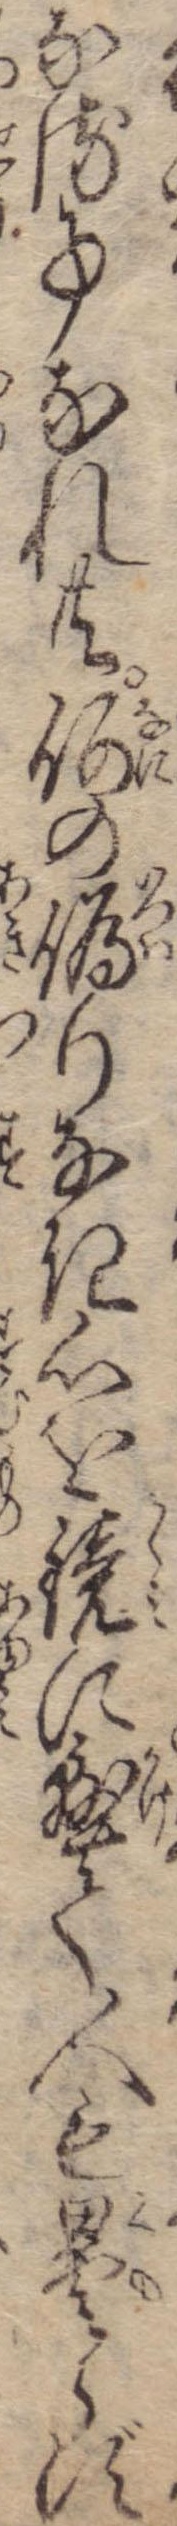
なる事なれ共何の偽りなき心を鏡に懸て人も曇らず